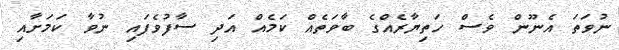
ނުވަތަ އެނޫން ވެސް ހަތިޔާރެއްގެ ބާވަތެއް ކަމެއް އަދި ސާފުވެފައި ނުވާ ކަމަށާއި